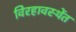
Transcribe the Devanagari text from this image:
विरहावस्थेंत